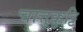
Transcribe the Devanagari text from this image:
चात्तुक्कुट्टि